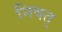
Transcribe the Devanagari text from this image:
निषत्